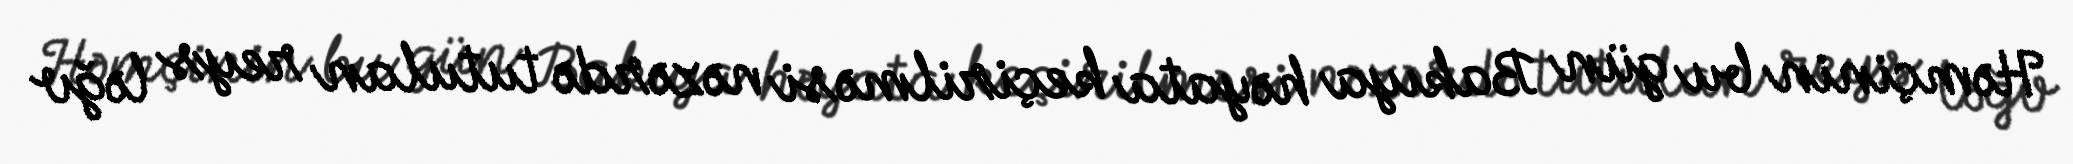
Həmçinin bu gün Bakıya həyata keçirilməsi nəzərdə tutulan reys ləğv